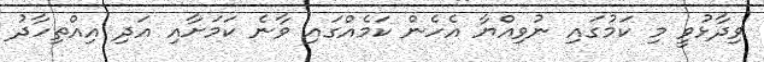
ވިދާޅުވީ މި ކަމުގައި ނުވިއްޔާ އެހެން ކަމެއްގައި ވާނެ ކަމަށާއި އަދި އިއްތިހާދު